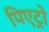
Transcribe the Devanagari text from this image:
पिएट्रो